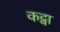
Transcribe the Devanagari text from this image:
कट्वा